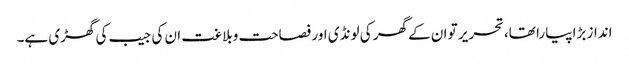
انداز بڑا پیارا تھا،تحریر تو ان کے گھر کی لونڈی اور فصاحت وبلاغت ان کی جیب کی گھڑی ہے۔